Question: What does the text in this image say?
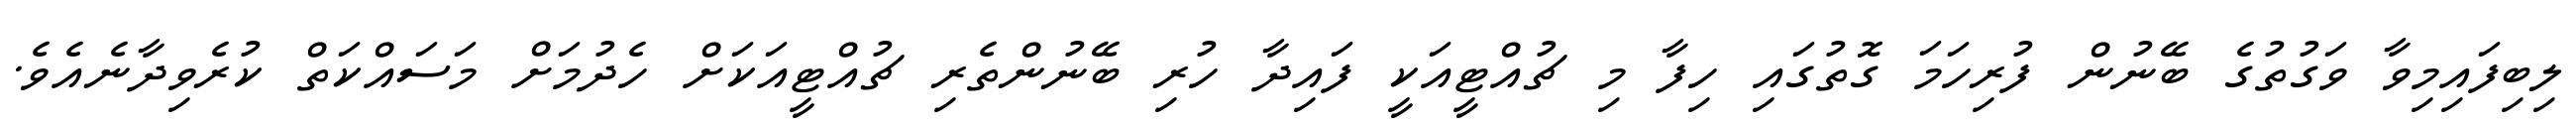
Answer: ލިބިފައިމިވާ ވަގުތުގެ ބޭނުން ފުރިހަމަ ގޮތުގައި ހިފާ މި ޗުއްޓީއަކީ ފައިދާ ހުރި ބޭނުންތެރި ޗުއްޓީއަކަށް ހެދުމަށް މަސައްކަތް ކުރެވިދާނެއެވެ.